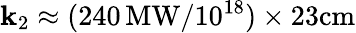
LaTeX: \mathbf{k}_{2}\approx(240\, \mathrm{{MW}}/10^{18})\times23\mathrm{{cm}}